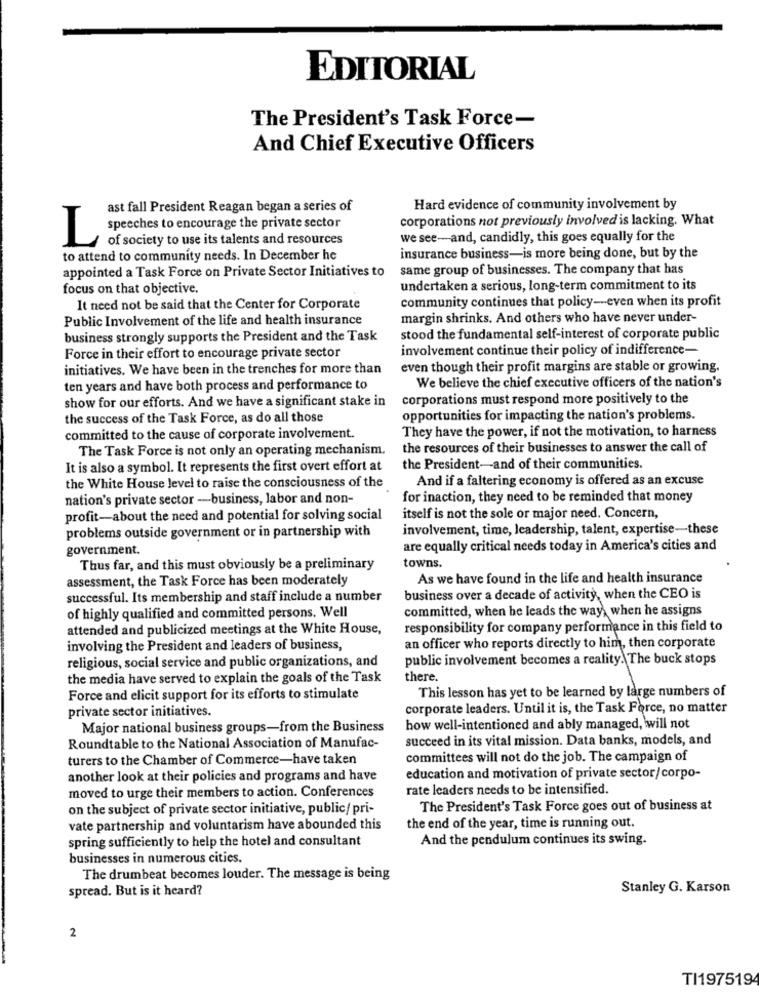
EDITORIAL
The President's Task Force-
And Chief Executive Officers
ast fall President Reagan began a series of
Hard evidence of community involvement by
corporations not previously involved is lacking. What
speeches to encourage the private sector
L
of society to use its talents and resources
we see-and, candidly, this goes equally for the
to attend to community needs. In December he
insurance business-is more being done, but by the
appointed a Task Force on Private Sector Initiatives to
same group of businesses. The company that has
focus on that objective.
undertaken a serious, long-term commitment to its
community continues that policy -- even when its profit
It need not be said that the Center for Corporate
Public Involvement of the life and health insurance
margin shrinks. And others who have never under-
business strongly supports the President and the Task
stood the fundamental self-interest of corporate public
involvement continue their policy of indifference-
Force in their effort to encourage private sector
initiatives. We have been in the trenches for more than
even though their profit margins are stable or growing.
ten years and have both process and performance to
We believe the chief executive officers of the nation's
show for our efforts. And we have a significant stake in
corporations must respond more positively to the
the success of the Task Force, as do all those
opportunities for impacting the nation's problems.
They have the power, if not the motivation, to harness
committed to the cause of corporate involvement.
The Task Force is not only an operating mechanism.
the resources of their businesses to answer the call of
It is also a symbol. It represents the first overt effort at
the President-and of their communities.
And if a faltering economy is offered as an excuse
the White House level to raise the consciousness of the
nation's private sector -business, labor and non-
for inaction, they need to be reminded that money
profit-about the need and potential for solving social
itself is not the sole or major need. Concern,
problems outside government or in partnership with
involvement, time, leadership, talent, expertise-these
government.
are equally critical needs today in America's cities and
towns.
Thus far, and this must obviously be a preliminary
assessment, the Task Force has been moderately
As we have found in the life and health insurance
successful. Its membership and staff include a number
business over a decade of activity, when the CEO is
committed, when he leads the way, when he assigns
of highly qualified and committed persons. Well
attended and publicized meetings at the White House,
responsibility for company performance in this field to
an officer who reports directly to him, then corporate
involving the President and leaders of business,
public involvement becomes a reality. The buck stops
religious, social service and public organizations, and
the media have served to explain the goals of the Task
there.
This lesson has yet to be learned by large numbers of
Force and elicit support for its efforts to stimulate
corporate leaders. Until it is, the Task Force, no matter
private sector initiatives.
Major national business groups-from the Business
how well-intentioned and ably managed, will not
succeed in its vital mission. Data banks, models, and
Roundtable to the National Association of Manufac-
turers to the Chamber of Commerce-have taken
committees will not do the job. The campaign of
another look at their policies and programs and have
education and motivation of private sector/corpo-
rate leaders needs to be intensified.
moved to urge their members to action. Conferences
on the subject of private sector initiative, public/ pri-
The President's Task Force goes out of business at
vate partnership and voluntarism have abounded this
the end of the year, time is running out.
spring sufficiently to help the hotel and consultant
And the pendulum continues its swing.
businesses in numerous cities.
The drumbeat becomes louder. The message is being
spread. But is it heard?
Stanley G. Karson
2
TI1975194